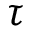
\tau